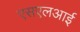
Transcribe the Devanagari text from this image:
एसएलआई